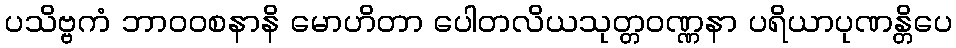
ပသိဗ္ဗကံ ဘာဝဝစနာနိ မောဟိတာ ပေါတလိယသုတ္တဝဏ္ဏနာ ပရိယာပုဏန္တိပေ